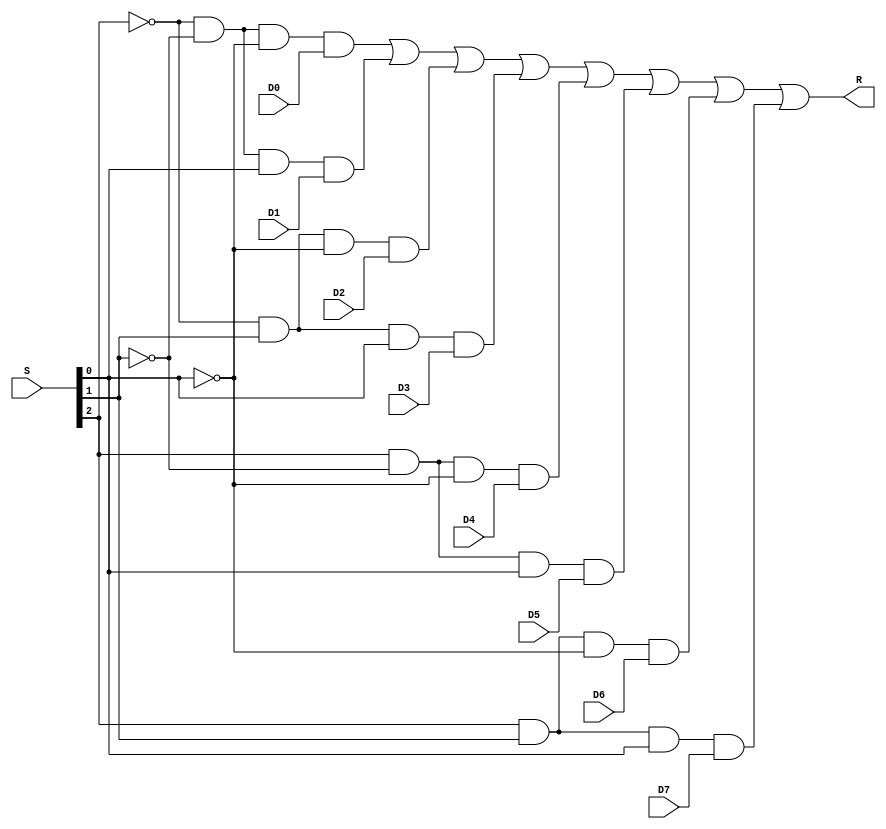
module mux8x1_1bit(
	input D0,
	input D1,
	input D2,
	input D3,
	input D4,	
	input D5,
	input D6,
	input D7,			
	input [2:0]S,
	output R

);


	wire sNot0;
	wire sNot1;
	wire sNot2;
	
	wire wAnd0;
	wire wAnd1;
	wire wAnd2;
	wire wAnd3;
	wire wAnd4;
	wire wAnd5;
	wire wAnd6;
	wire wAnd7;
	
	
	not not2(sNot2,S[2]);
	not not1(sNot1,S[1]);
	not not0(sNot0,S[0]);


	// for D0 to select
	and and0(wAnd0,sNot2,sNot1,sNot0,D0);
	// for D1 to select
	and and1(wAnd1,sNot2,sNot1,S[0],D1);
	// for D2 to select
	and and2(wAnd2,sNot2,S[1],sNot0,D2);
	// for D3 to select
	and and3(wAnd3,sNot2,S[1],S[0],D3);
	// for D4 to select
	and and4(wAnd4,S[2],sNot1,sNot0,D4);
	// for D5 to select
	and and5(wAnd5,S[2],sNot1,S[0],D5);
	// for D6 to select
	and and6(wAnd6,S[2],S[1],sNot0,D6);
	// for D7 to select
	and and7(wAnd7,S[2],S[1],S[0],D7);
	
	or finalOr(R,wAnd0,wAnd1,wAnd2,wAnd3,wAnd4,wAnd5,wAnd6,wAnd7);
	
endmodule